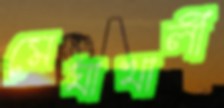
মেঘাখালী